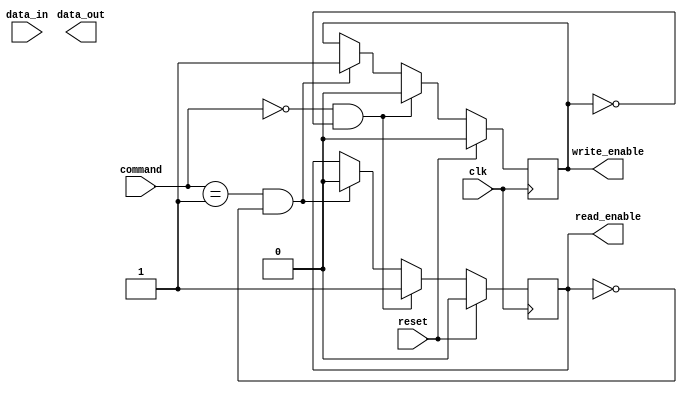
module memory_controller (
    input wire clk,
    input wire reset,
    input wire [1:0] command,
    input wire [7:0] data_in,
    output wire [7:0] data_out,
    output wire read_enable,
    output wire write_enable
);

// Command decoder
wire read_cmd = (command == 2'b00);
wire write_cmd = (command == 2'b01);

// Address generator
reg [7:0] address;

always @(posedge clk) begin
    if (reset) begin
        address <= 8'b0;
    end else if (write_cmd) begin
        address <= address + 8'b1;
    end else if (read_cmd) begin
        address <= data_in;
    end
end

// Data buffer
reg [7:0] data_buffer;

always @(posedge clk) begin
    if (reset) begin
        data_buffer <= 8'b0;
    end else if (write_cmd) begin
        data_buffer <= data_in;
    end else if (read_cmd) begin
        data_buffer <= data_out;
    end
end

// Arbitration logic
reg read_enable;
reg write_enable;

always @(posedge clk) begin
    if (reset) begin
        read_enable <= 1'b0;
        write_enable <= 1'b0;
    end else if (read_cmd && !write_enable) begin
        read_enable <= 1'b1;
        write_enable <= 1'b0;
    end else if (write_cmd && !read_enable) begin
        read_enable <= 1'b0;
        write_enable <= 1'b1;
    end
end

// Error detection and correction - Not implemented in this code snippet

endmodule